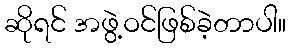
ဆိုရင် အဖွဲ့ဝင်ဖြစ်ခဲ့တာပါ။